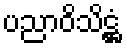
ပညာဝိသိဋ္ဌံ